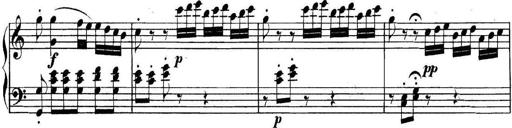
Title: Collected Piano Sonatas
Composer: Muzio Clementi